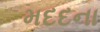
મદદના